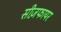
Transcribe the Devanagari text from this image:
सीज़फायर